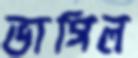
ভাগিল